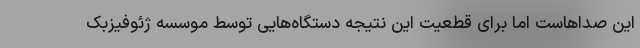
این صداهاست اما برای قطعیت این نتیجه دستگاه‌هایی توسط موسسه ژئوفیزبک